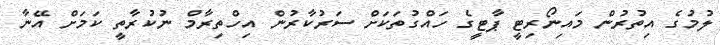
ލުމުގެ އިތުރުން މައިނޯރިޓީ ޕާޓީގެ ހައްގުތަކަށް ސަރުކާރުން އިހްތިރާމް ނުކުރާތީ ކަމަށް އޭނާ